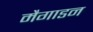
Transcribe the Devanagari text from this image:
मैगाडन